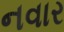
નવાર